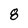
Character: 8